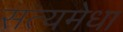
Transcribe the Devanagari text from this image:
सत्यमेधा